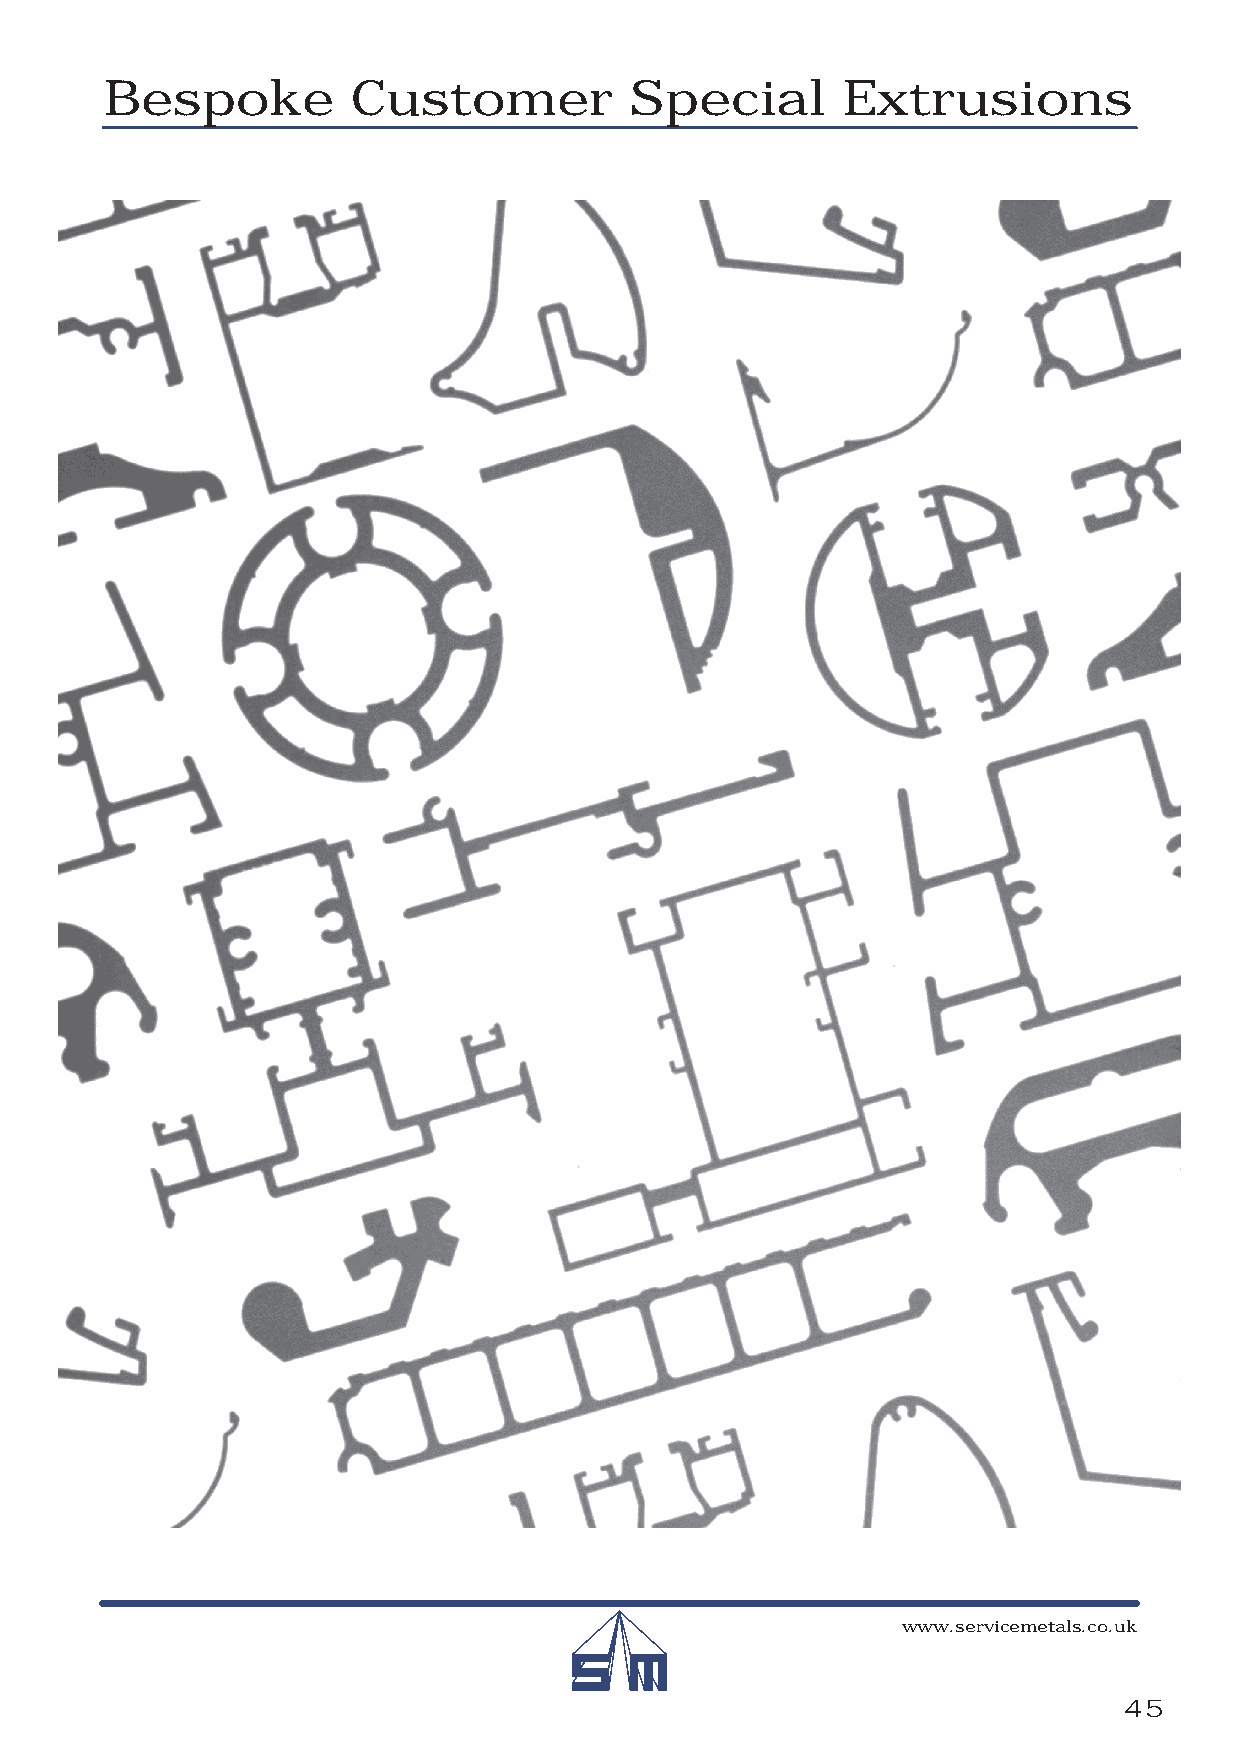
Bespoke         Customer           Special       Extrusions
 www.servicemetals.co.uk
 45